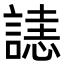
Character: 𧫉